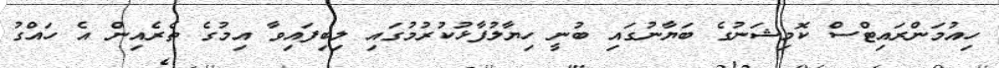
ހިއުމަންރައިޓްސް ކޮމިޝަނުގެ ބަޔާނުގައި ބުނީ ހިޔާލުފާޅުކުރުމުގައި ލިބިފައިވާ އިމުގެ ތެރެއިން އެ ހައްގު